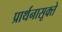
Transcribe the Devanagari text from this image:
प्रार्थनासूक्ते